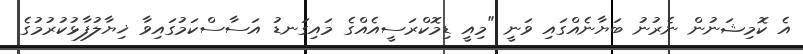
އެ ކޮމިޝަނުން ނެރުނު ބަޔާނެއްގައި ވަނީ "މިއީ ޑިމޮކްރަސީއެއްގެ މައިގަނޑު އަސާސްކަމުގައިވާ ޚިޔާލުފާޅުކުރުމުގެ